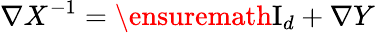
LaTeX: \nabla X^{-1}=\ensuremath{\mathrm{I}_{d}}+\nabla Y